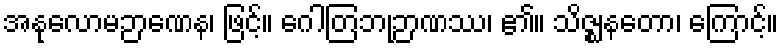
အနုလောမဉာဏေန၊ ဖြင့်။ ဂေါတြဘုဉာဏဿ၊ ၏။ သိဇ္ဈနတော၊ ကြောင့်။